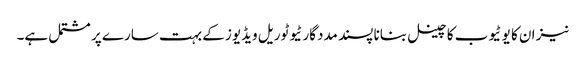
نیز ان کا یو ٹیوب کا چینل بنانا پسند مددگار ٹیوٹوریل ویڈیوز کے بہت سارے پر مشتمل ہے۔